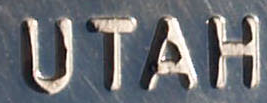
UTAH